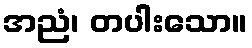
အညံ၊ တပါးသော။